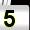
Digit: 5